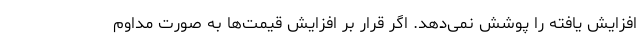
افزایش یافته را پوشش نمی‌دهد. اگر قرار بر افزایش قیمت‌ها به صورت مداوم